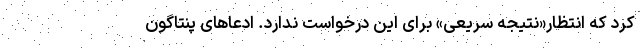
کرد که انتظار«نتیجه سریعی» برای این درخواست ندارد. ادعاهای پنتاگون